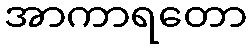
အာကာရတော